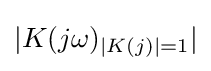
|K(j\omega )_{|K(j)|=1}|